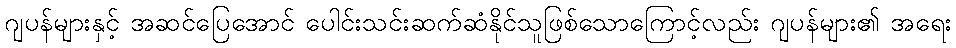
ဂျပန်များနှင့် အဆင်ပြေအောင် ပေါင်းသင်းဆက်ဆံနိုင်သူဖြစ်သောကြောင့်လည်း ဂျပန်များ၏ အရေး